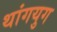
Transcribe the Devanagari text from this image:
थांगयुग